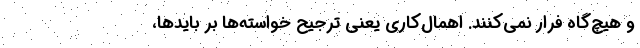
و هیچ‌گاه فرار نمی‌کنند. اهمال‌کاری یعنی ترجیح خواسته‌ها بر بایدها،